Madras plague regulations and rules for the inspection of inward and outward bound vessels - Volume 1
Disease focus: Plague
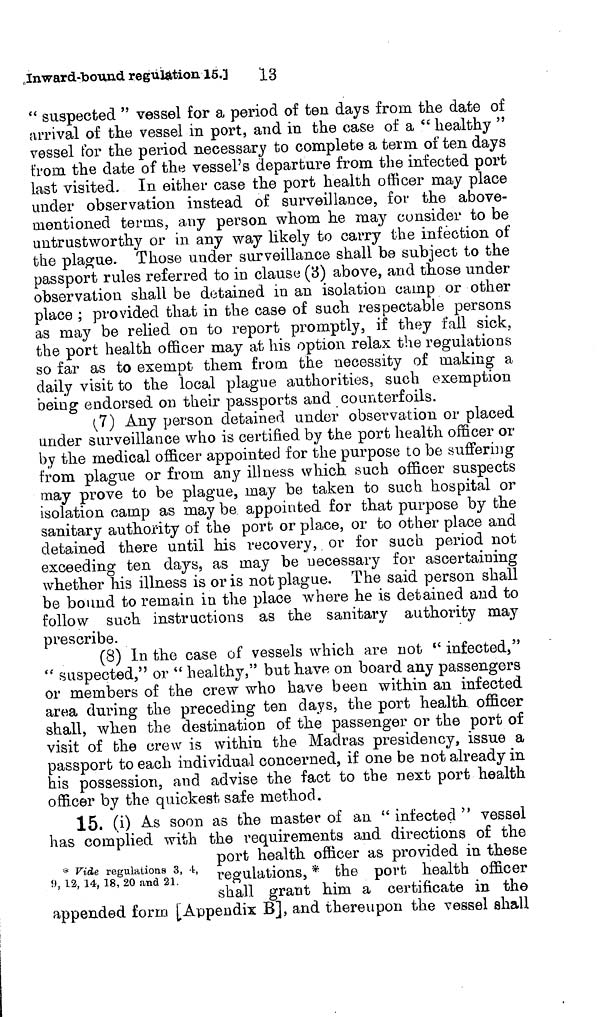
.Inward-bound regulation 15.]
13
" suspected " vessel for a period of ten days from, the date of
arrival of the vessel in port, and in the case of a " healthy "
vessel for the period necessary to complete a term of ten days
from the date of the vessel's departure from the infected port
last visited. In either case the port health officer may place
under observation instead of surveillance, for the above-
mentioned terms, any person whom he may consider to be
untrustworthy or in any way likely to carry the infection of
the plague. Those under surveillance shall be subject to the
passport rules referred to in clause (3) above, arid those under
observation shall be detained in an isolation camp or other
place ; provided that in the case of such respectable persons
as may be relied on to report promptly, if they fall sick,
the port health officer may at his option relax the regulations
so far as to exempt them from the necessity of making a
daily visit to the local plague authorities, such exemption
being endorsed on their passports and counterfoils.
7) Any person detained under observation or placed
under surveillance who is certified by the port health officer or
by the medical officer appointed for the purpose to be suffering
from plague or from any illness which such officer suspects
may prove to be plague, may be taken to such hospital or
isolation camp as may be appointed for that purpose by the
sanitary authority of the port or place, or to other place and
detained there until his recovery, or for such period not
exceeding ten days, as may be necessary for ascertaining
whether his illness is or is not plague. The said person shall
be bound to remain in the place where he is detained and to
follow such instructions as the sanitary authority may
prescribe.
(8) In the case of vessels which are not (< infected,"
" suspected," or " healthy," but have on board any passengers
or members of the crew who have been within an infected
area during the preceding ten days, the port health officer
shall, when the destination of the passenger or the port of
visit of the crew is within the Madras presidency, issue a
passport to each individual concerned, if one be not already in
his possession, and advise the fact to the next port health
officer by the quickest safe method.
* Vide regulations 3, 4,
9, 12, 14, 18, 20 and 21.
*•
j.
15. (i) As soon as the master of an " infected " vessel
has complied with the requirements and directions of the
port health officer as provided in these
regulations, * the port health officer
shall grant him a certificate in the
appended form [Appendix B], and thereupon the vessel shall